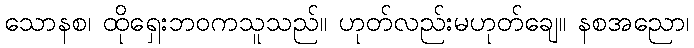
သောနစ၊ ထိုရှေးဘဝကသူသည်။ ဟုတ်လည်းမဟုတ်ချေ။ နစအညော၊